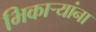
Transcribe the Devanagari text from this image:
भिकाऱ्यांना